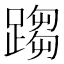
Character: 𨃘